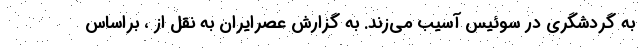
به گردشگری در سوئیس آسیب می‌زند. به گزارش عصرایران به نقل از ، براساس